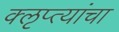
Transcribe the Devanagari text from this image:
क्‍ऌप्त्यांचा